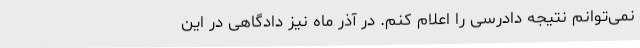
نمی‌توانم نتیجه دادرسی را اعلام کنم. در آذر ماه نیز دادگاهی در این